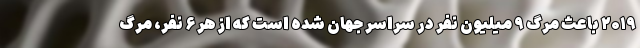
۲۰۱۹ باعث مرگ ۹ میلیون نفر در سراسر جهان شده است که از هر ۶ نفر، مرگ